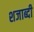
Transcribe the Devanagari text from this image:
शजाब्दी